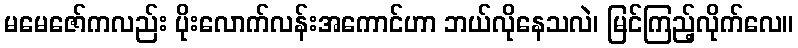
မမေဇော်ကလည်း ပိုးလောက်လန်းအကောင်ဟာ ဘယ်လိုနေသလဲ၊ မြင်ကြည့်လိုက်လေ။